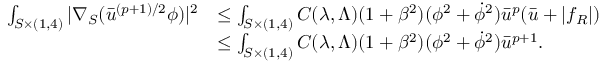
\begin{array} { r l } { \int _ { S \times ( 1 , 4 ) } | \nabla _ { S } ( \bar { u } ^ { ( p + 1 ) / 2 } \phi ) | ^ { 2 } } & { \leq \int _ { S \times ( 1 , 4 ) } C ( \lambda , \Lambda ) ( 1 + \beta ^ { 2 } ) ( \phi ^ { 2 } + \dot { \phi } ^ { 2 } ) \bar { u } ^ { p } ( \bar { u } + | f _ { R } | ) } \\ & { \leq \int _ { S \times ( 1 , 4 ) } C ( \lambda , \Lambda ) ( 1 + \beta ^ { 2 } ) ( \phi ^ { 2 } + \dot { \phi } ^ { 2 } ) \bar { u } ^ { p + 1 } . } \end{array}